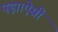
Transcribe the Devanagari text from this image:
पड़ा।ऐसी